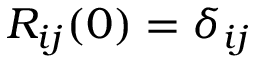
R _ { i j } ( 0 ) = \delta _ { i j }